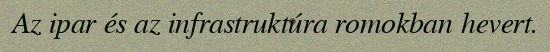
Az ipar és az infrastruktúra romokban hevert.